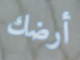
أرضك